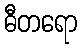
ဓီတရော